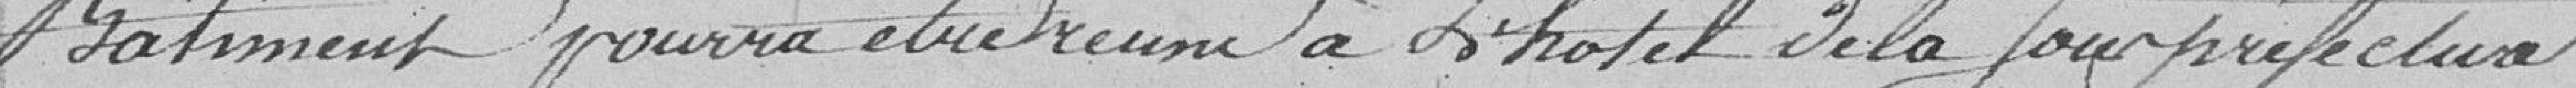
Bâtiment pourra être remis à l'hôtel de la Sous-préfecture